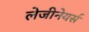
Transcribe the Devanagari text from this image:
लेजीनेयर्स